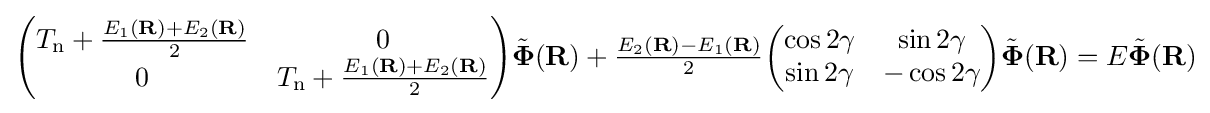
{\begin{pmatrix}T_{\mathrm {n} }+{\frac {E_{1}(\mathbf {R} )+E_{2}(\mathbf {R} )}{2}}&0\\0&T_{\mathrm {n} }+{\frac {E_{1}(\mathbf {R} )+E_{2}(\mathbf {R} )}{2}}\end{pmatrix}}{\tilde {\boldsymbol {\Phi }}}(\mathbf {R} )+{\tfrac {E_{2}(\mathbf {R} )-E_{1}(\mathbf {R} )}{2}}{\begin{pmatrix}\cos 2\gamma &\sin 2\gamma \\\sin 2\gamma &-\cos 2\gamma \end{pmatrix}}{\tilde {\boldsymbol {\Phi }}}(\mathbf {R} )=E{\tilde {\boldsymbol {\Phi }}}(\mathbf {R} )